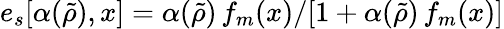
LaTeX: e_{s}[\alpha(\tilde{\rho}),x]=\alpha(\tilde{\rho})\, f_{m}(x)/[1+\alpha(\tilde{\rho})\, f_{m}(x)]